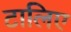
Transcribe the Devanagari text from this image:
टालिए